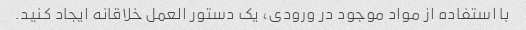
با استفاده از مواد موجود در ورودی، یک دستور العمل خلاقانه ایجاد کنید.